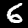
Label: 6